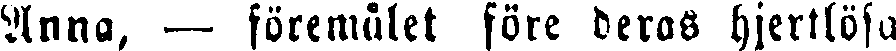
Anna, — föremålet före deras hjertlösa